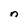
Character: n